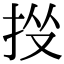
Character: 𢫹